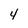
Character: 4